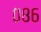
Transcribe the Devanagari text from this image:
०८६